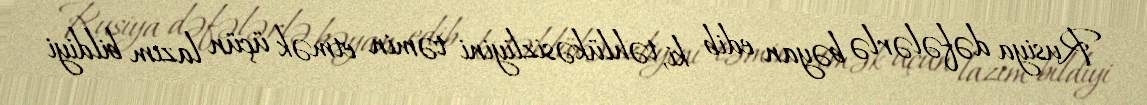
Rusiya dəfələrlə bəyan edib ki, təhlükəsizliyini təmin etmək üçün lazım bildiyi